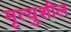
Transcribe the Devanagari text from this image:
मृत्युशील